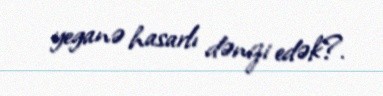
yeganə hasarlı dənizi edək?.